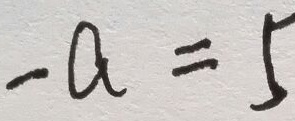
- a = 5